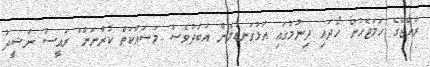
ރާއްޖޭގެ ހަމަޖެހުން ހޯދައި ދިނުމުގައި އަޅުގަނޑުމެން އަބަދުވެސް މަސައްކަތް ކުރާނަން" ރައީސް ނަޝީދު